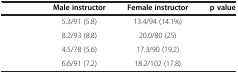
<table><thead><tr><td>[EMPTY_CELL]</td><td><b>Male instructor</b></td><td><b>Female instructor</b></td><td><b>p value</b></td></tr></thead><tbody><tr><td>[EMPTY_CELL]</td><td>5.3/91 (5.8)</td><td>13.4/94 (14.1%)</td><td>[EMPTY_CELL]</td></tr><tr><td>[EMPTY_CELL]</td><td>8.2/93 (8.8)</td><td>20.0/80 (25)</td><td>[EMPTY_CELL]</td></tr><tr><td>[EMPTY_CELL]</td><td>4.5/78 (5.6)</td><td>17.3/90 (19.2)</td><td>[EMPTY_CELL]</td></tr><tr><td>[EMPTY_CELL]</td><td>6.6/91 (7.2)</td><td>18.2/102 (17.8)</td><td>[EMPTY_CELL]</td></tr></tbody></table>